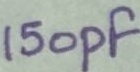
Text: 150pF